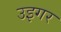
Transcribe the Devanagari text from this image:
उइगर